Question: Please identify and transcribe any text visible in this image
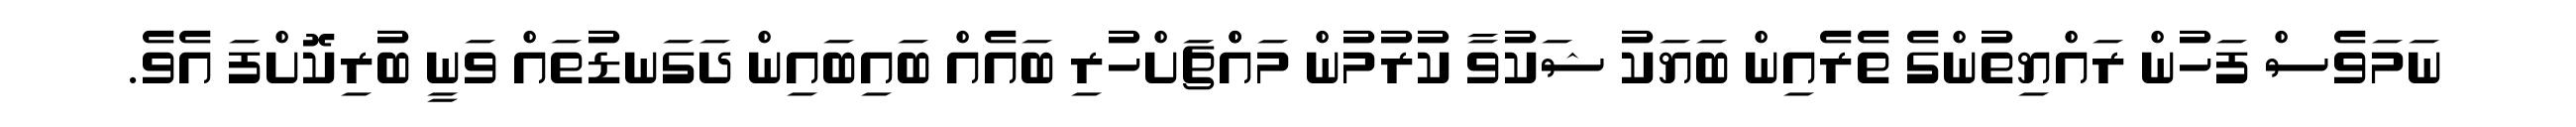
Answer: ނަމަވެސް ފަހުން ރައްޔިތުންގެ ތެރެއިން ބަޔަކު ޝަކުވާ ކުރުމުން މައްްޗަށްހުރި ބައެއް ބައިބައިން ދަގަނޑުތައް ވަނީ ބުރިކޮށްފަ އެވެ.